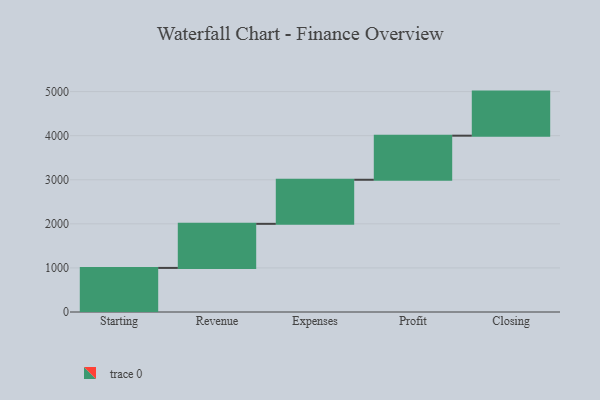
{"axis": {"x": "Step", "y": "Value"}, "legend": [""], "data": [{"x": "Starting", "y": 1000, "type": ""}, {"x": "Revenue", "y": 1000, "type": ""}, {"x": "Expenses", "y": 1000, "type": ""}, {"x": "Profit", "y": 1000, "type": ""}, {"x": "Closing", "y": 1000, "type": ""}]}